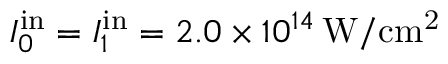
I _ { 0 } ^ { \mathrm { i n } } = I _ { 1 } ^ { \mathrm { i n } } = 2 . 0 \times 1 0 ^ { 1 4 } \, \mathrm { W / c m ^ { 2 } }